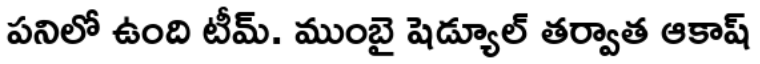
పనిలో ఉంది టీమ్. ముంబై షెడ్యూల్ తర్వాత ఆకాష్